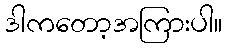
ဒါကတော့အကြားပါ။